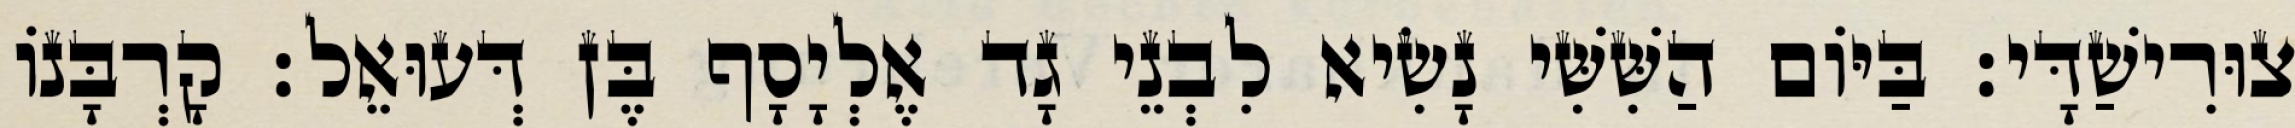
צוּרִישַׁדָּי׃ בַּיּוֹם הַשִּׁשִּׁי נָשִׂיא לִבְנֵי גָד אֶלְיָסָף בֶּן דְּעוּאֵל׃ קָרְבָּנוֹ